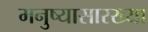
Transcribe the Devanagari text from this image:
मनुष्यासारख्या